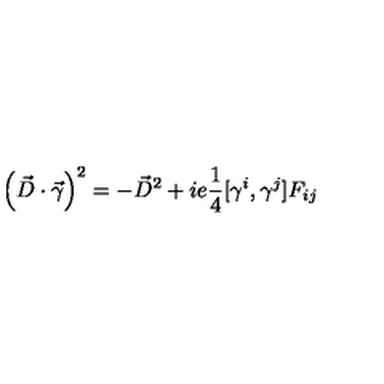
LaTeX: \left( \vec { D } \cdot \vec { \gamma } \right) ^ { 2 } = - \vec { D } ^ { 2 } + i e { \frac { 1 } { 4 } } [ \gamma ^ { i } , \gamma ^ { j } ] F _ { i j }